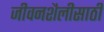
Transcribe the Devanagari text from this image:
जीवनशैलीसाठी